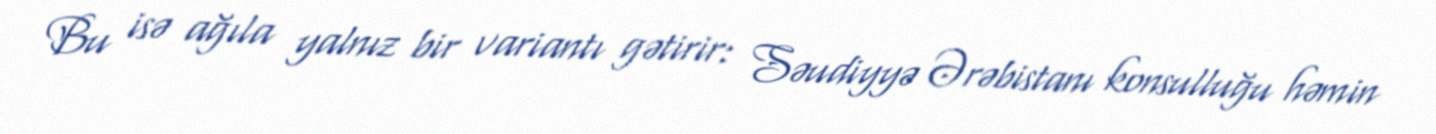
Bu isə ağıla yalnız bir variantı gətirir: Səudiyyə Ərəbistanı konsulluğu həmin